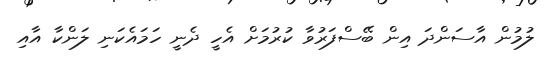
ލުމުން އާސަންދަ އިން ބޭސްފަރުވާ ކުރުމަށް އެހީ ދެނީ ހަމައެކަނި ލަންކާ އާއި